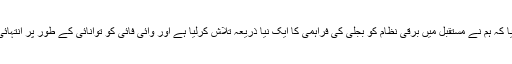
امریکی میڈیا کے مطابق سائنسدانوں نے بتایا کہ ہم نے مستقبل میں برقی نظام کو بجلی کی فراہمی کا ایک نیا ذریعہ تلاش کرلیا ہے اور وائی فائی کو توانائی کے طور پر انتہائی آسانی سے استعمال کرنا ممکن ہوسکے گا۔